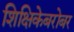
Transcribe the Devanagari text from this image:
शिक्षिकेबरोबर